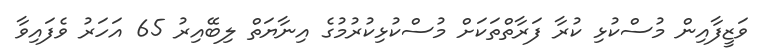
ވަޒީފާއިން މުސްކުޅި ކުރާ ފަރާތްތަކަށް މުސްކުޅިކުރުމުގެ އިނާޔަތް ލިބޭއިރު 65 އަހަރު ވެފައިވާ